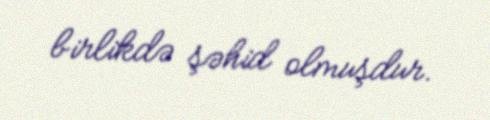
birlikdə şəhid olmuşdur.